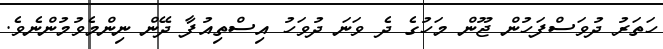
ހަތަރު ދުވަސްފަހުން ޖޫން މަހުގެ ދެ ވަނަ ދުވަހު އިސްތިއުފާ ދޭން ނިންމެވުމުންނެވެ.